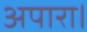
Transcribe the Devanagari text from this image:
अपारा।